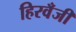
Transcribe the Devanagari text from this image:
हिरवँजी